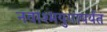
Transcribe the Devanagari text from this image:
नवाश्मयुगापर्यंत